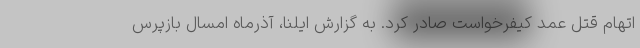
اتهام قتل عمد کیفرخواست صادر کرد. به گزارش ایلنا، آذرماه امسال بازپرس